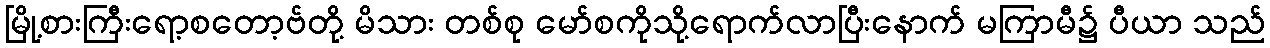
မြို့စားကြီးရော့စတော့ဗ်တို့ မိသား တစ်စု မော်စကိုသို့ရောက်လာပြီးနောက် မကြာမီ၌ ပီယာ သည်